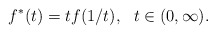
\begin{align*}f^*(t) = t f (1/t), \ \ t\in(0, \infty).\end{align*}